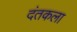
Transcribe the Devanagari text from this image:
दंतकला